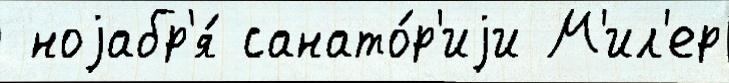
 ноjабр'я́ санато́р'иjи М'ил'ер